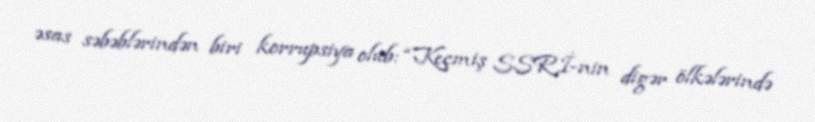
əsas səbəblərindən biri korrupsiya olub: “Keçmiş SSRİ-nin digər ölkələrində